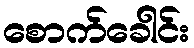
စောက်ခေါင်း